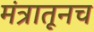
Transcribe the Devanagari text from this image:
मंत्रातूनच